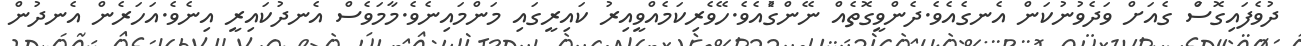
ދުވެފައިގޮސަް ގެއަށް ވަދެވުނުކަން އެނގެއެވެ.ދެންވީގޮތެއް ނޭންގުެއެވެ.ހޭވެރިކަމެއްވީއިރު ކައިރީގައި މަންމައިނެވެ.މާމަވެސް އެނދުކައިރީ އިނެވެ.އަހަރެން އެނދުން